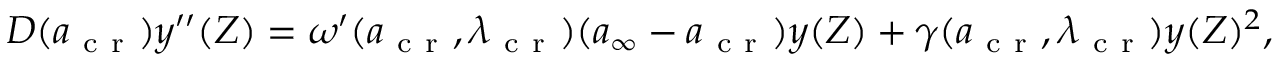
\begin{array} { r } { D ( { a } _ { \mathrm { ~ c ~ r ~ } } ) y ^ { \prime \prime } ( Z ) = \omega ^ { \prime } ( a _ { \mathrm { ~ c ~ r ~ } } , \lambda _ { \mathrm { ~ c ~ r ~ } } ) ( { a } _ { \infty } - a _ { \mathrm { ~ c ~ r ~ } } ) y ( Z ) + \gamma ( a _ { \mathrm { ~ c ~ r ~ } } , \lambda _ { \mathrm { ~ c ~ r ~ } } ) y ( Z ) ^ { 2 } , } \end{array}